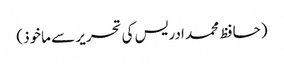
(حافظ محمد ادریس کی تحریر سے ماخوذ)